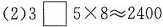
(2)$$3\square5\times 8\approx2400$$